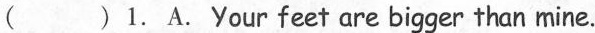
( )1. A.Your feet are bigger than mine.